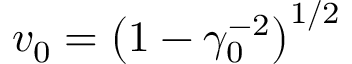
v _ { 0 } = \left( 1 - \gamma _ { 0 } ^ { - 2 } \right) ^ { 1 / 2 }